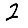
Digit: 2